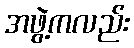
အဖွဲ့ကလည်း